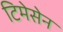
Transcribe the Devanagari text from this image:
टिमेसेन